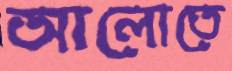
আলোতে